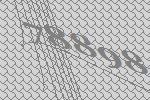
78898